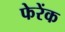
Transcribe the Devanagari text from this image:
फेरेंक